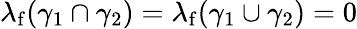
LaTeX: \lambda_{\mathrm{f}}(\gamma_{1}\cap\gamma_{2})=\lambda_{\mathrm{f}}(\gamma_{1}\cup\gamma_{2})=0